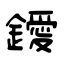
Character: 鑀